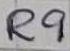
Text: R9